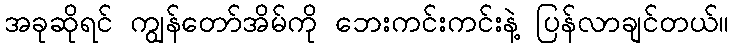
အခုဆိုရင် ကျွန်တော်အိမ်ကို ဘေးကင်းကင်းနဲ့ ပြန်လာချင်တယ်။